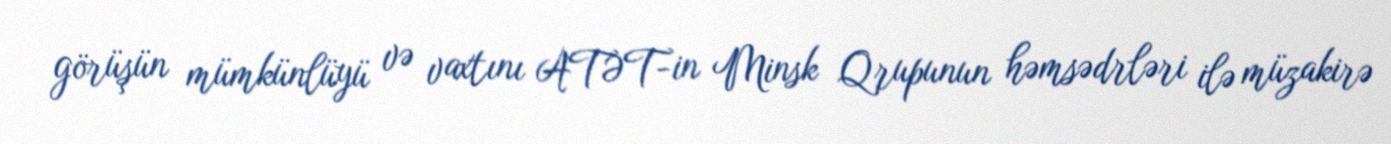
görüşün mümkünlüyü və vaxtını ATƏT-in Minsk Qrupunun həmsədrləri ilə müzakirə